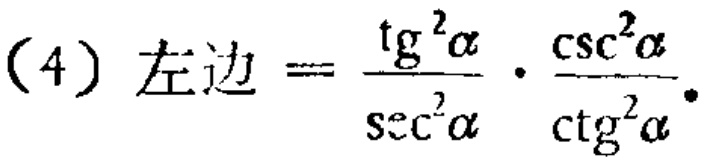
(4) 左边 \(=\frac{\mathrm{tg}^{2}\alpha}{\sec^{2}\alpha}\cdot\frac{\csc^{2}\alpha}{\mathrm{ctg}^{2}\alpha}\)